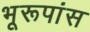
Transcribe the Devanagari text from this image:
भूरूपांस